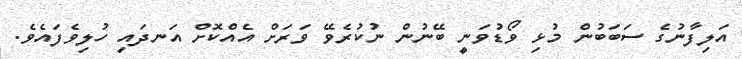
އަލިފާނުގެ ސަބަބުން މުޅި ވޯޑުވަނީ ބޭނުން ނުކުރެވޭ ވަރަށް އެއްކޮށް އަނދައި ހުލިވެފައެވެ.